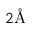
2 \mathrm { \AA }